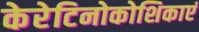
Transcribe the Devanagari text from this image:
केरेटिनोकोशिकाएं